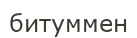
битуммен